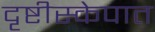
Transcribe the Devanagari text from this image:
दृष्टीस्केपात